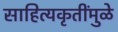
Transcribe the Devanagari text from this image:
साहित्यकृतींमुळे